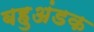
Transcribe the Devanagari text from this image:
बहुअंडक